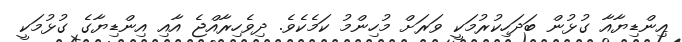
އިންޑިޔާއާ ގުޅުން ބަދަހިކުރުމަކީ ވަރަށް މުހިންމު ކަމެކެވެ. ދިވެހިރާއްޖެ އާއި އިންޑިޔާގެ ގުޅުމަކީ